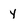
Character: y